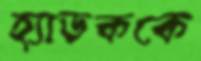
হ্যাডককে